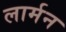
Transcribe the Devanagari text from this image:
लार्मन